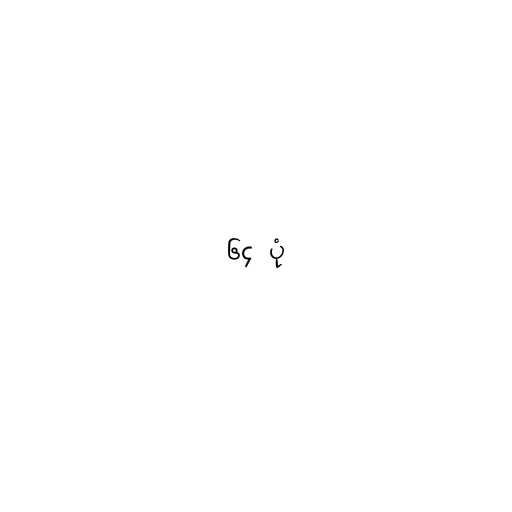
၆၄ ပုံ